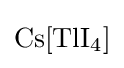
{\mathrm {Cs} [\mathrm {TlI} {\vphantom {A}}_{\smash[{t}]{4}}]}